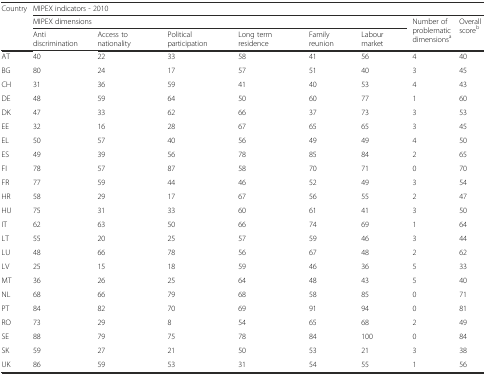
<table><thead><tr><td rowspan="3"><b>Country</b></td><td colspan="8"><b>MIPEX indicators - 2010</b></td></tr><tr><td colspan="6"><b>MIPEX dimensions</b></td><td rowspan="2"><b>Number of problematic dimensions<sup>a</sup></b></td><td rowspan="2"><b>Overall score<sup>b</sup></b></td></tr><tr><td><b>Anti discrimination</b></td><td><b>Access to nationality</b></td><td><b>Political participation</b></td><td><b>Long term residence</b></td><td><b>Family reunion</b></td><td><b>Labour market</b></td></tr></thead><tbody><tr><td>AT</td><td>40</td><td>22</td><td>33</td><td>58</td><td>41</td><td>56</td><td>4</td><td>40</td></tr><tr><td>BG</td><td>80</td><td>24</td><td>17</td><td>57</td><td>51</td><td>40</td><td>3</td><td>45</td></tr><tr><td>CH</td><td>31</td><td>36</td><td>59</td><td>41</td><td>40</td><td>53</td><td>4</td><td>43</td></tr><tr><td>DE</td><td>48</td><td>59</td><td>64</td><td>50</td><td>60</td><td>77</td><td>1</td><td>60</td></tr><tr><td>DK</td><td>47</td><td>33</td><td>62</td><td>66</td><td>37</td><td>73</td><td>3</td><td>53</td></tr><tr><td>EE</td><td>32</td><td>16</td><td>28</td><td>67</td><td>65</td><td>65</td><td>3</td><td>45</td></tr><tr><td>EL</td><td>50</td><td>57</td><td>40</td><td>56</td><td>49</td><td>49</td><td>4</td><td>50</td></tr><tr><td>ES</td><td>49</td><td>39</td><td>56</td><td>78</td><td>85</td><td>84</td><td>2</td><td>65</td></tr><tr><td>FI</td><td>78</td><td>57</td><td>87</td><td>58</td><td>70</td><td>71</td><td>0</td><td>70</td></tr><tr><td>FR</td><td>77</td><td>59</td><td>44</td><td>46</td><td>52</td><td>49</td><td>3</td><td>54</td></tr><tr><td>HR</td><td>58</td><td>29</td><td>17</td><td>67</td><td>56</td><td>55</td><td>2</td><td>47</td></tr><tr><td>HU</td><td>75</td><td>31</td><td>33</td><td>60</td><td>61</td><td>41</td><td>3</td><td>50</td></tr><tr><td>IT</td><td>62</td><td>63</td><td>50</td><td>66</td><td>74</td><td>69</td><td>1</td><td>64</td></tr><tr><td>LT</td><td>55</td><td>20</td><td>25</td><td>57</td><td>59</td><td>46</td><td>3</td><td>44</td></tr><tr><td>LU</td><td>48</td><td>66</td><td>78</td><td>56</td><td>67</td><td>48</td><td>2</td><td>62</td></tr><tr><td>LV</td><td>25</td><td>15</td><td>18</td><td>59</td><td>46</td><td>36</td><td>5</td><td>33</td></tr><tr><td>MT</td><td>36</td><td>26</td><td>25</td><td>64</td><td>48</td><td>43</td><td>5</td><td>40</td></tr><tr><td>NL</td><td>68</td><td>66</td><td>79</td><td>68</td><td>58</td><td>85</td><td>0</td><td>71</td></tr><tr><td>PT</td><td>84</td><td>82</td><td>70</td><td>69</td><td>91</td><td>94</td><td>0</td><td>81</td></tr><tr><td>RO</td><td>73</td><td>29</td><td>8</td><td>54</td><td>65</td><td>68</td><td>2</td><td>49</td></tr><tr><td>SE</td><td>88</td><td>79</td><td>75</td><td>78</td><td>84</td><td>100</td><td>0</td><td>84</td></tr><tr><td>SK</td><td>59</td><td>27</td><td>21</td><td>50</td><td>53</td><td>21</td><td>3</td><td>38</td></tr><tr><td>UK</td><td>86</td><td>59</td><td>53</td><td>31</td><td>54</td><td>55</td><td>1</td><td>56</td></tr></tbody></table>